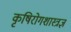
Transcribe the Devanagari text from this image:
कृषिरोगशास्त्रज्ञ